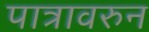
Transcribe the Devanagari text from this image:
पात्रावरुन